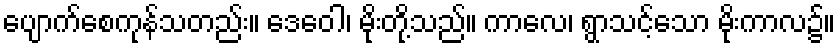
ပျောက်စေကုန်သတည်း။ ဒေဝေါ၊ မိုးတို့သည်။ ကာလေ၊ ရွာသင့်သော မိုးကာလ၌။